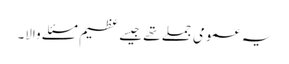
یہ عمومی جملے تھے جیسے عظیم مسئلے والا۔